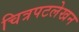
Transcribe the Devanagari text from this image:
चित्रपटलेखन